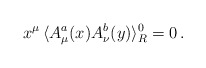
\begin{align*}x^\mu \,\langle A^a_\mu(x) A^b_\nu(y) \rangle_R^0 =0 \,.\end{align*}